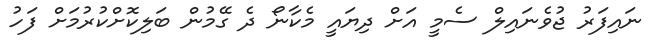
ނައިފަރު ޖުވެނައިލް ސެމީ އަށް ދިޔައީ މެކާނޯ ދެ ގޭމުން ބަލިކޮށްކުރުމަށް ފަހު